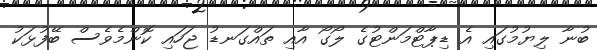
ބުނާ ލިޔުމުގައި އެ ޑިޕާޓްމަންޓުގެ ލޯގޯ އާއި ތައްގަނޑު ޖަހައި ކޮންމެވެސް ބޭފުޅަކު